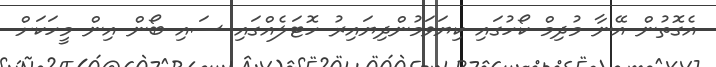
އެގޮތުން އޭނާ މުދިމް ކޯހުގައި ކިޔަވަމުންދިޔައިރު ހޮޓަލެއްގައި ސައި ބޯން އިން މީހަކަށް